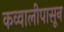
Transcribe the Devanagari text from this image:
कव्वालीपासून